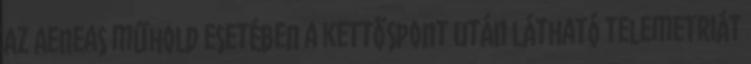
Az Aeneas műhold esetében a kettőspont után látható telemetriát